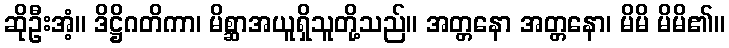
ဆိုဦးအံ့။ ဒိဋ္ဌိဂတိကာ၊ မိစ္ဆာအယူရှိသူတို့သည်။ အတ္တနော အတ္တနော၊ မိမိ မိမိ၏။